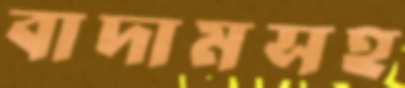
বাদামসহ